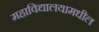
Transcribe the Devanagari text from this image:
महाविद्यालयामधील